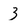
Character: 3